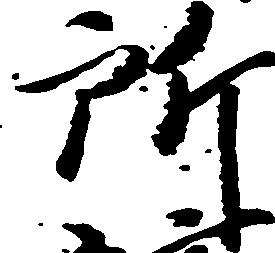
所